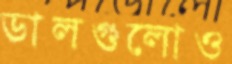
ডালগুলোও